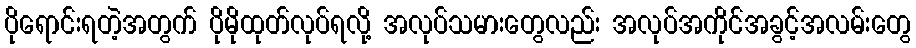
ပိုရောင်းရတဲ့အတွက် ပိုမိုထုတ်လုပ်ရလို့ အလုပ်သမားတွေလည်း အလုပ်အကိုင်အခွင့်အလမ်းတွေ